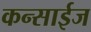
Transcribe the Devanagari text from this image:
कन्साईज